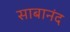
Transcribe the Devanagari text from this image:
साबानंद